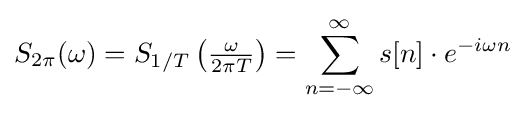
S_{2\pi }(\omega )=S_{1/T}\left({\tfrac {\omega }{2\pi T}}\right)=\sum _{n=-\infty }^{\infty }s[n]\cdot e^{-i\omega n}